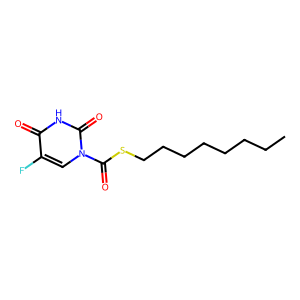
SMILES: CCCCCCCCSC(=O)n1cc(F)c(=O)[nH]c1=O
Inhibits HIV replication: No